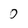
Character: 0